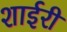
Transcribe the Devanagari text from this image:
शाईरी